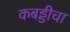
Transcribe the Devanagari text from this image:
कबड्डीचा